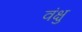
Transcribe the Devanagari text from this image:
वंक्षु